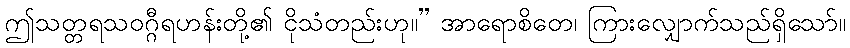
ဤသတ္တရသဝဂ္ဂီရဟန်းတို့၏ ငိုသံတည်းဟု။” အာရောစိတေ၊ ကြားလျှောက်သည်ရှိသော်။